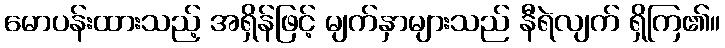
မောပန်းထားသည့် အရှိန်ဖြင့် မျက်နှာများသည် နီရဲလျက် ရှိကြ၏။